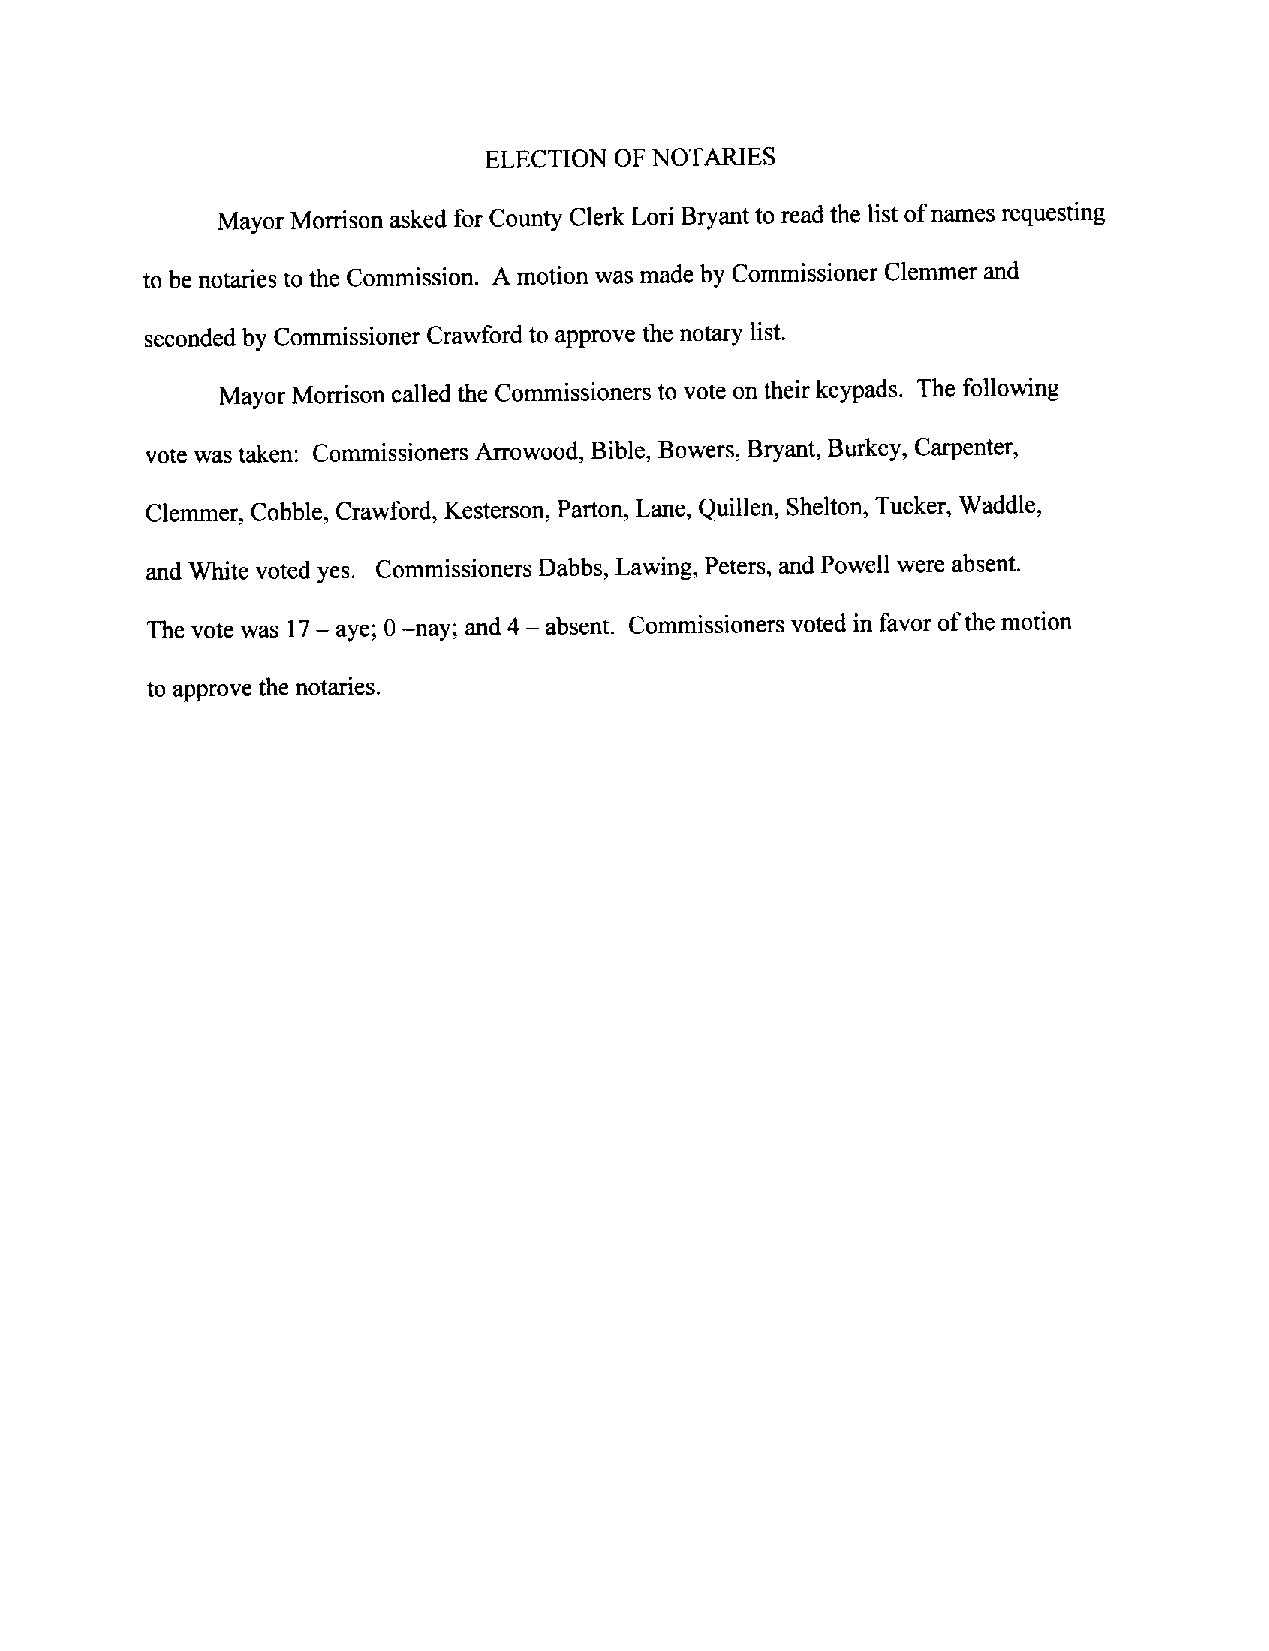
ELECTION OF NOTARIES
 MayorMorrison asked for CountyClerk Lori Bryantto readthe list ofnames requesting
 to be notaries to the Commission. A motion was made by Commissioner Clemmer and
 seconded by Commissioner Crawford to approve the notary list.
 Mayor Morrison called theCommissionersto vote ontheirkeypads. Thefollowing
 vote wastaken: CommissionersArrowood, Bible, Bowers,Bryant, Burkey, Carpenter,
 Clemmer, Cobble, Crawford, Kesterson, Parton, Lane, Quillen, Shelton, Tucker, Waddle,
 and White votedyes. Commissioners Dabbs, Lawing, Peters, and Powell were absent.
 The vote was 17— aye; 0—nay; and4—absent. Commissionersvoted in favor ofthe motion
 to approvethe notaries.